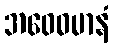
အဝေဓမာနံ